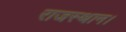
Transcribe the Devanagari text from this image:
राजस्थान।